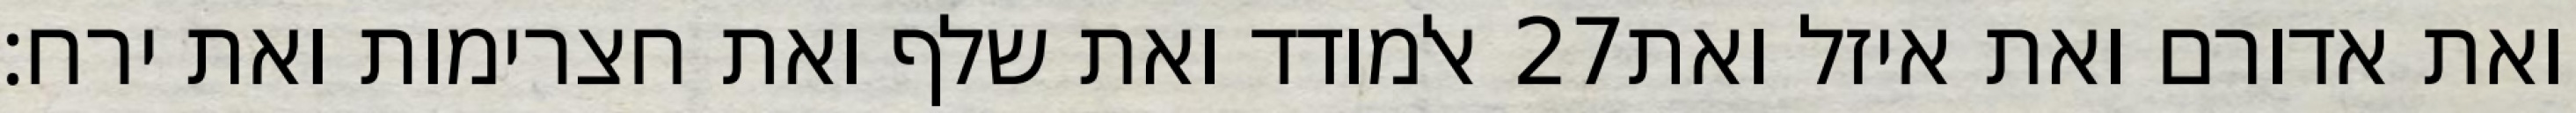
אלמודד ואת שלף ואת חצרימות ואת ירח׃ ‎27‏ ואת אדורם ואת איזל ואת